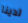
لدينا